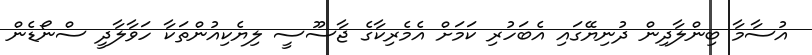
އުސާމާ ބިންލާދިން ދުނިޔޭގައި އެބަހުރި ކަމަށް އެމެރިކާގެ ޖާސޫސީ ލިޔެކިއުންތަކާ ހަވާލާދީ ސްނޯޑެން